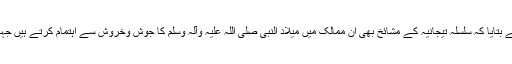
نائیجیریا، نائیجر، سینیغال اور سوڈان کے علاوہ دیگر افریقی ممالک کے طلبہ نے بتایا کہ سلسلہ تیجانیہ کے مشائخ بھی ان ممالک میں میلاد النبی صلی اللہ علیہ وآلہ وسلم کا جوش وخروش سے اہتمام کرتے ہیں جہاں تلاوت، نعت اورقصیدہ بردہ کو خاص ذوق و شوق سے پڑھا اور سنا جاتا ہے۔